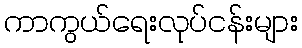
ကာကွယ်ရေးလုပ်ငန်းများ